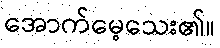
အောက်မေ့သေး၏။